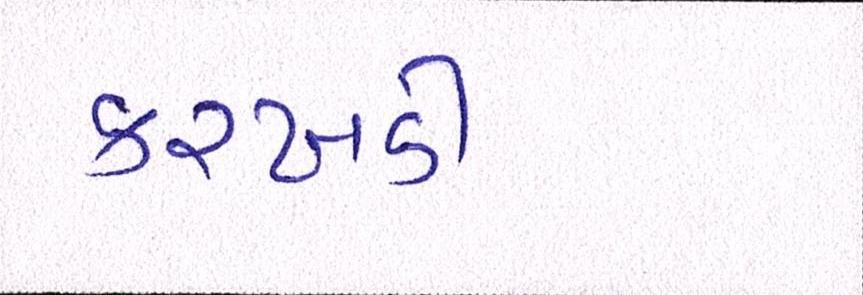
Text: કરખડી